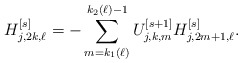
\begin{align*}H_{j,2k,\ell}^{[s]} = - \sum_{m=k_1(\ell)}^{k_2(\ell)-1}U_{j,k,m}^{[s+1]} H_{j,2m+1,\ell}^{[s]}.\end{align*}